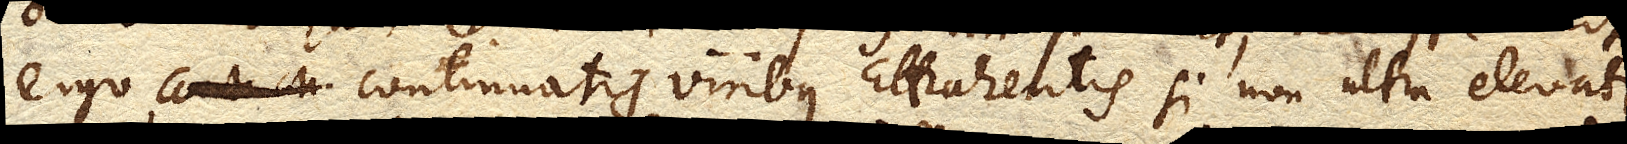
ergo, continuatis viribus attrahentis si non ultra elevatur